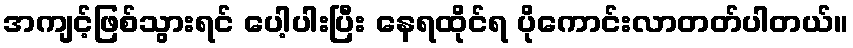
အကျင့်ဖြစ်သွားရင် ပေါ့ပါးပြီး နေရထိုင်ရ ပိုကောင်းလာတတ်ပါတယ်။